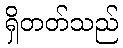
ရှိတတ်သည်